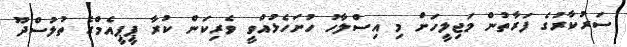
ސަރުކާރުގެ ފަރާތުން މަޖިލީހަށް މި އިސްލާހު ހުށަހެޅުއްވީ ވެރިކަން ކުރާ ޕީޕީއެމްގެ ތުލުސްދޫ